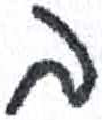
אות: ב